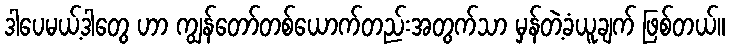
ဒါပေမယ့်ဒါတွေ ဟာ ကျွန်တော်တစ်ယောက်တည်းအတွက်သာ မှန်တဲ့ခံယူချက် ဖြစ်တယ်။